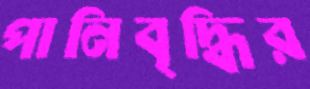
পানিবৃদ্ধির